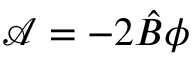
\mathcal { A } = - 2 \hat { B } \phi